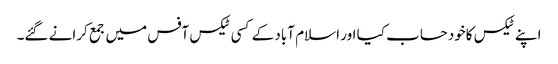
اپنے ٹیکس کاخودحساب کیا اور اسلام آباد کے کسی ٹیکس آفس میں جمع کرانے گئے۔